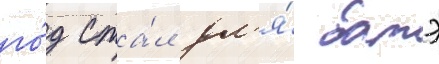
го́д ста́л дл'я́ батэ